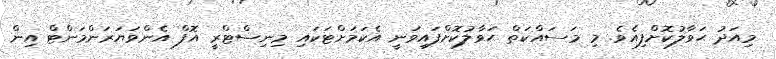
މިއަދު ޙަވާލުކޮށްފިއެވެ. މި މަސައްކަތް ޙަވާލުކޮށްފައިވަނީ އެކަމަށްޓަކައި މިނިސްޓްރީ އޮފް އެންވަޔަރަންމަންޓް އިން